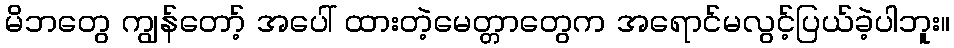
မိဘတွေ ကျွန်တော့် အပေါ် ထားတဲ့မေတ္တာတွေက အရောင်မလွင့်ပြယ်ခဲ့ပါဘူး။